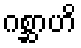
ဂစ္ဆာဟိ